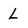
Character: L